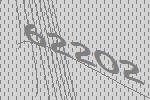
62202